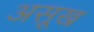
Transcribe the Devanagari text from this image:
असूख